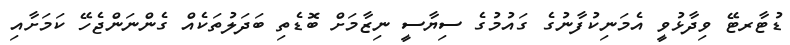
ޑުޓާރޓޭ ވިދާޅުވީ އެމަނިކުފާނުގެ ގައުމުގެ ސިޔާސީ ނިޒާމަށް ބޮޑެތި ބަދަލުތަކެއް ގެންނަންޖެހޭ ކަމަށާއި